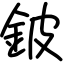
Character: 鈹